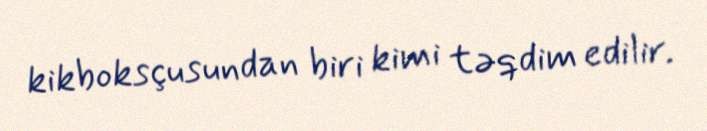
kikboksçusundan biri kimi təqdim edilir.